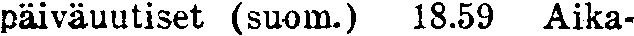
päiväuutiset (suom.) 18.59 Aika-